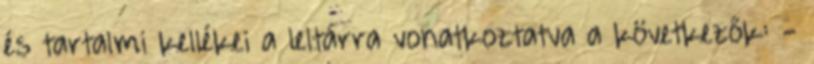
és tartalmi kellékei a leltárra vonatkoztatva a következők: -